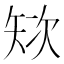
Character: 𱳞